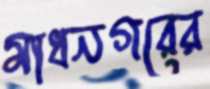
মাধনগরের